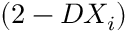
( 2 - D X _ { i } )